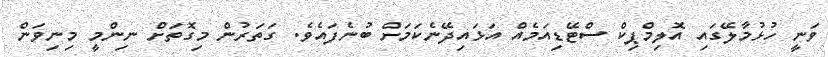
ވަނީ ހުޅުމާލޭގައި އޮލިމްޕިކް ސްޓޭޑިއަމެއް އަޅައިދޭނެކަމަށް ބުނެފައެވެ. ގަތަރުން މިގޮތަށް ނިންމީ މިނިވަން